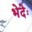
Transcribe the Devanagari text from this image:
भेदेः